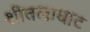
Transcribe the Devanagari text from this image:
शीतलाघाट